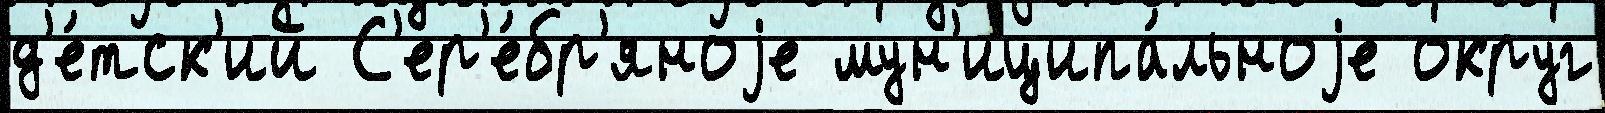
д'е́тск'ий С'ер'е́бр'яноjе мун'иципа́льноjе округ